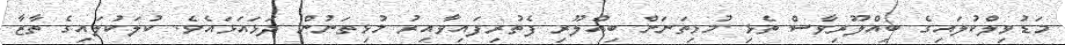
މަޑުވިލްކުލައިގެ ބިއްލޫރިވާސް ތެޅި މުޅިތަނަށް ބިއްލޫރި ފެތުރިފައިވާއިރު މުޅިތަނުން ދަޅައަޅައެވެ. ކުލަކުލައިގެ ތާޒާ